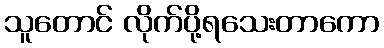
သူတောင် လိုက်ပို့ရသေးတာကော